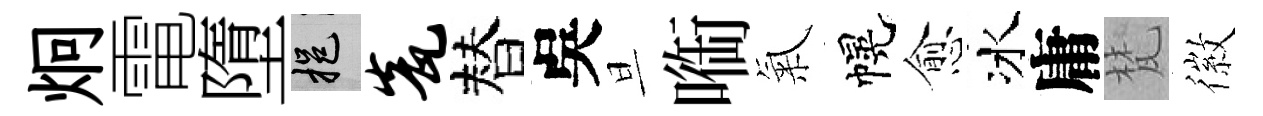
炯電墮挹瓮替吳旦㗸氣幌愈冰庸梵徽